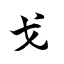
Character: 戈